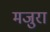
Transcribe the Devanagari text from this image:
मजुरा